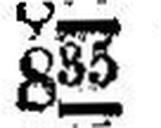
835